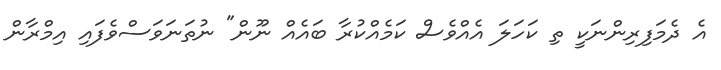
އެ ދެމަފިރިންނަކީ ތި ކަހަލަ އެއްވެސް ކަމެއްކުރާ ބައެއް ނޫން" ނުތަނަވަސްވެފައި އިމްރާން